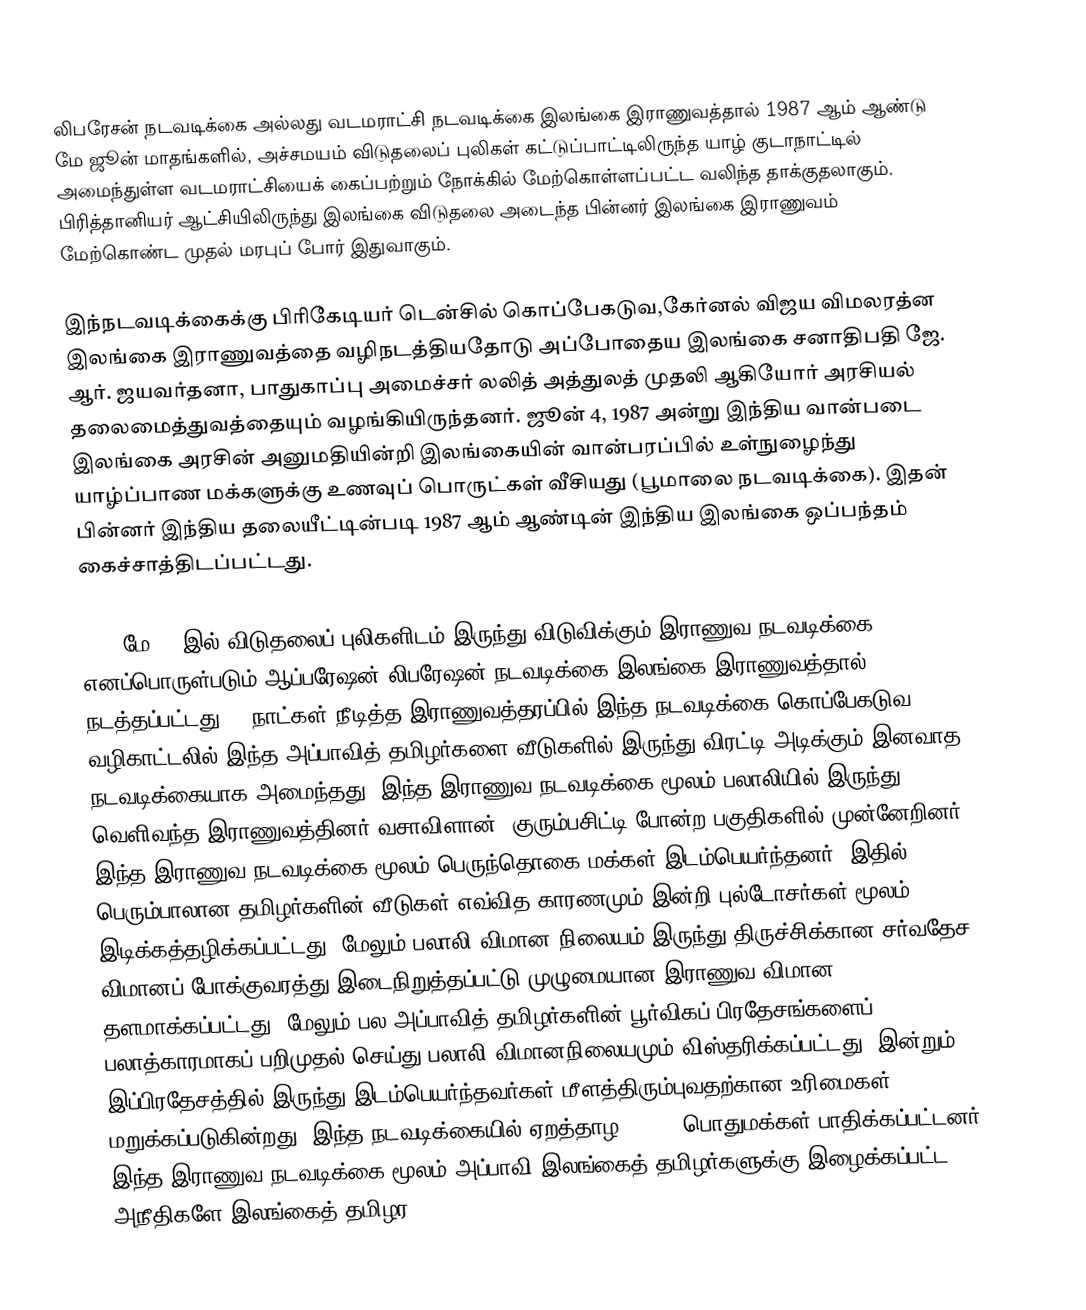
லிபரேசன் நடவடிக்கை அல்லது வடமராட்சி நடவடிக்கை இலங்கை இராணுவத்தால் 1987 ஆம் ஆண்டு மே ஜூன் மாதங்களில், அச்சமயம் விடுதலைப் புலிகள் கட்டுப்பாட்டிலிருந்த யாழ் குடாநாட்டில் அமைந்துள்ள வடமராட்சியைக் கைப்பற்றும் நோக்கில் மேற்கொள்ளப்பட்ட வலிந்த தாக்குதலாகும். பிரித்தானியர் ஆட்சியிலிருந்து இலங்கை விடுதலை அடைந்த பின்னர் இலங்கை இராணுவம் மேற்கொண்ட முதல் மரபுப் போர் இதுவாகும்.

இந்நடவடிக்கைக்கு பிரிகேடியர் டென்சில் கொப்பேகடுவ,கேர்னல் விஜய விமலரத்ன இலங்கை இராணுவத்தை வழிநடத்தியதோடு அப்போதைய இலங்கை சனாதிபதி ஜே. ஆர். ஜயவர்தனா, பாதுகாப்பு அமைச்சர் லலித் அத்துலத் முதலி ஆகியோர் அரசியல் தலைமைத்துவத்தையும் வழங்கியிருந்தனர். ஜூன் 4, 1987 அன்று இந்திய வான்படை இலங்கை அரசின் அனுமதியின்றி இலங்கையின் வான்பரப்பில் உள்நுழைந்து யாழ்ப்பாண மக்களுக்கு உணவுப் பொருட்கள் வீசியது (பூமாலை நடவடிக்கை). இதன் பின்னர் இந்திய தலையீட்டின்படி 1987 ஆம் ஆண்டின் இந்திய இலங்கை ஒப்பந்தம் கைச்சாத்திடப்பட்டது.

1987 மே 27 இல் விடுதலைப் புலிகளிடம் இருந்து விடுவிக்கும் இராணுவ நடவடிக்கை எனப்பொருள்படும் ஆப்பரேஷன் லிபரேஷன் நடவடிக்கை இலங்கை இராணுவத்தால் நடத்தப்பட்டது. 5 நாட்கள் நீடித்த இராணுவத்தரப்பில் இந்த நடவடிக்கை கொப்பேகடுவ வழிகாட்டலில் இந்த அப்பாவித் தமிழர்களை வீடுகளில் இருந்து விரட்டி அடிக்கும் இனவாத நடவடிக்கையாக அமைந்தது. இந்த இராணுவ நடவடிக்கை மூலம் பலாலியில் இருந்து வெளிவந்த இராணுவத்தினர் வசாவிளான், குரும்பசிட்டி போன்ற பகுதிகளில் முன்னேறினர். இந்த இராணுவ நடவடிக்கை மூலம் பெருந்தொகை மக்கள் இடம்பெயர்ந்தனர். இதில் பெரும்பாலான தமிழர்களின் வீடுகள் எவ்வித காரணமும் இன்றி புல்டோசர்கள் மூலம் இடிக்கத்தழிக்கப்பட்டது. மேலும் பலாலி விமான நிலையம் இருந்து திருச்சிக்கான சர்வதேச விமானப் போக்குவரத்து இடைநிறுத்தப்பட்டு முழுமையான இராணுவ விமான தளமாக்கப்பட்டது. மேலும் பல அப்பாவித் தமிழர்களின் பூர்விகப் பிரதேசங்களைப் பலாத்காரமாகப் பறிமுதல் செய்து பலாலி விமானநிலையமும் விஸ்தரிக்கப்பட்டது. இன்றும் இப்பிரதேசத்தில் இருந்து இடம்பெயர்ந்தவர்கள் மீளத்திரும்புவதற்கான உரிமைகள் மறுக்கப்படுகின்றது. இந்த நடவடிக்கையில் ஏறத்தாழ 40,000 பொதுமக்கள் பாதிக்கப்பட்டனர். இந்த இராணுவ நடவடிக்கை மூலம் அப்பாவி இலங்கைத் தமிழர்களுக்கு இழைக்கப்பட்ட அநீதிகளே இலங்கைத் தமிழர